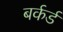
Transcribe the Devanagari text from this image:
बर्कर्ड